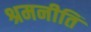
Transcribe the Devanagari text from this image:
श्रमनीति